King Institute of Preventive Medicine Micro-Biological Section reports 1912-19
Year: 1912
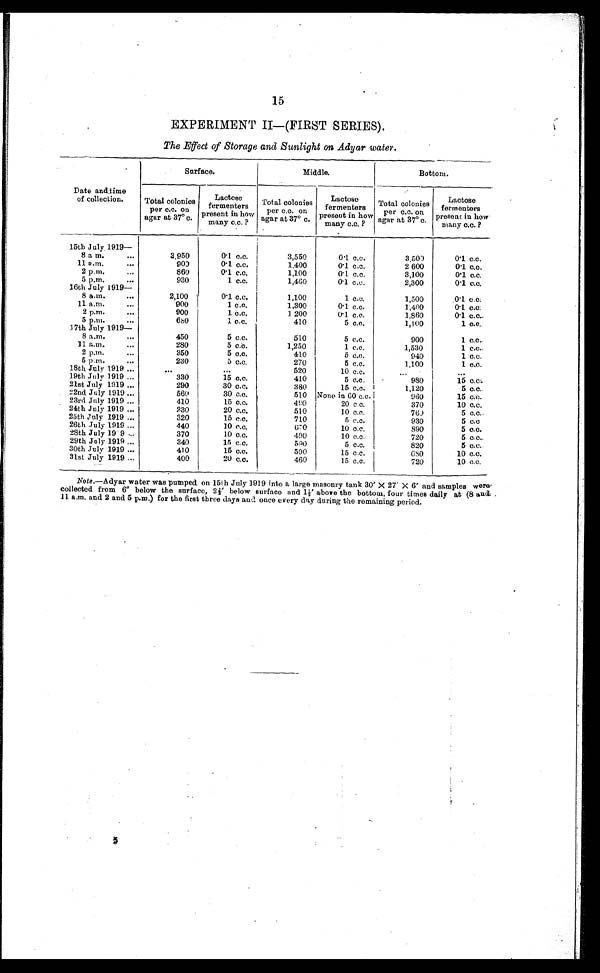
15
EXPERIMENT II—(FIRST SERIES).
The Effect of Storage and Sunlight on Adyar water.
Date and time
of collection.
Surface.
Middle.
Bottom.
Total colonies
per c.c. on
agar at 37° c.
Lactose
fermenters
present in how
many c.c. ?
Total colonies
per
agar at 37° c.
Lactose
fermenters
present in how
many c.c. ?
Total colonies
per c.c. on
agar at 37° c.
Lactose
fermenters
present in ho
w many c.c. ?
15th July. 1919
— 8 a m.
...
3,950
0.1 c.c.
3,550
0.1 c.c.
3,500
0.1 c.c.
11 a.m.
...
900
0.1 c.c.
1.400
0.1 c.c.
2 600
0.1 c.c.
2 p.m.
...
860
0.1 c.c.
1,100
0.1 c.c.
3,100
0.1 c.c.
5 p.m.
...
930
1 c.c.
1,460
0.1 c.c.
2,300
0.1 c.c.
16th July 1919
—
8 a.m.
...
2,100
0.1 c.c.
1,100
1 c.c.
1,500
0.1 c.c.
11 a.m.
...
900
1 c.c.
1,300
0.1 c.c.
1,400
0.1 c.c.
2 p.m.
...
900
1 c.c.
1 200
0.1 c.c.
1,860
0.1 c.c.
5 p.m.
...
680
1 c.c.
410
5 c.c.
1,100
1 c.c.
17th July 1919
—
8 a.m.
...
450
5 c.c.
510
5 c.c.
900
1 c.c.
11 a.m.
...
280
5 c.c.
1,250
1 c.c.
1,530
1 c.c.
2 p.m.
...
350
5 c.c.
410
5 c.c.
940
1 c.c.
5 p.m.
...
230
5 c.c.
270
5 c.c.
1,100
1 c.c.
18th July 1919 ...
...
...
520
10 c.c.
...
...
19th. July 1919 ...
330
15 c.c.
410
5 c.c.
980
15 c.c.
21st July 1919 ...
290
30 c.c.
380
15 c.c.
1,120
5 c.c.
22nd July 1919 ...
560
30 c.c.
510 None in 60 c.c.
960
15 c.c.
23rd July 1919 ...
410
15 c.c.
490
20 c.c.
370
10 c.c.
24th July 1919 ...
230
20 c.c.
510
10 c.c.
760
5 c.c..
25th July 1919 ...
320
15 c.c.
710
5 c.c.
930
5 c.c
26th July 1919 ...
440
10 c.c.
670
10 c.c.
890
5 c.c.
28th July 1919 ...
370
10 c.c.
490
10 c.c.
720
5 c.c..
29th July 1919 ...
340
15 c.c.
590
5 c.c.
820
5 c.c.
30th July 1919 ...
410
15 c.c.
500
15 c.c.
680
10 c.c.
31st July 1919 ...
400
20 c.c.
460
15 c.c.
720
10 c.c.
Note.—Adyar water was pumped. on 151h July 1919 into a large masonry tank 30' X 27' X 6' and samples were
collected from 6" below the surface, 2 1/2 below surface and 1 1/2' above the bottom, four times daily at (8 and
11 a.m. and 2 and 5 p.m.) for the first three days and once every clay during the remaining period.